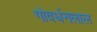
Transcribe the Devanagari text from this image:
गोवर्धनलाल